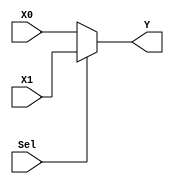
module MUX2X32(Sel, X1, X0 , Y);
  input Sel;
  input [31:0] X1, X0;
  output [31:0] Y;
  assign Y = (Sel == 1'b1) ? X1 : X0;
endmodule